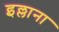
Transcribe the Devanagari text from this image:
इल्लाना